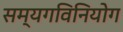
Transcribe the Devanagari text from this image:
सम्यगविनियोग